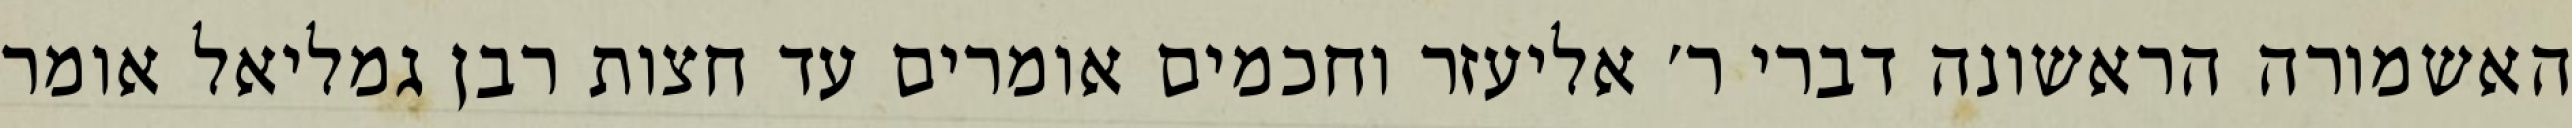
האשמורה הראשונה דברי ר׳ אליעזר וחכמים אומרים עד חצות רבן גמליאל אומר